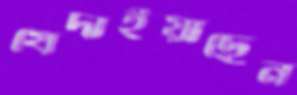
খেদাইয়াছেন